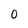
Character: O